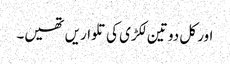
اور کل دو تین لکڑی کی تلواریں تھیں۔